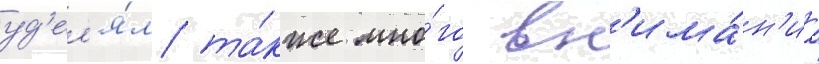
уд'ел'я́л та́кже мно́го вн'има́н'иа